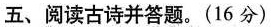
五、阅读古诗并答题。(16分)